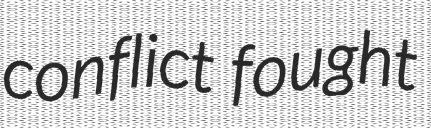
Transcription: conflict fought